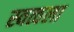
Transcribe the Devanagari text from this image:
स्वत्वला